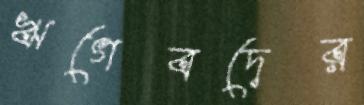
ঋগেবদের